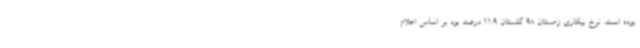
بوده است. نرخ بیکاری زمستان 98 گلستان 11.9 درصد بود بر اساس اعلام